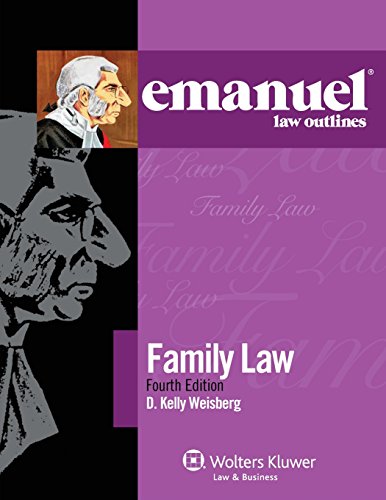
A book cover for Emanuel Law Outlines: Family Law; D. Kelly Weisberg; Law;